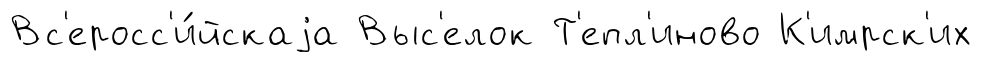
Вс'еросс'и́йскаjа Выс'елок Т'епл'иново К'имрск'их